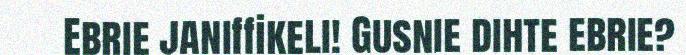
Ebrie janiffikeli! Gusnie dihte ebrie?